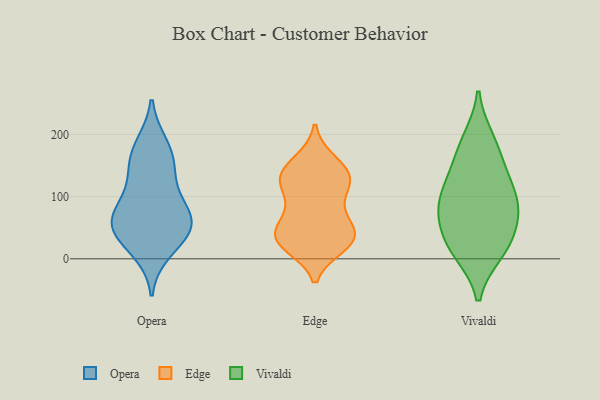
{"axis": {"x": "Conversion Rate (%)", "y": "Value"}, "legend": ["Edge", "Opera", "Vivaldi"], "data": [{"x": "", "y": 55, "type": "Opera"}, {"x": "", "y": 133, "type": "Opera"}, {"x": "", "y": 147, "type": "Opera"}, {"x": "", "y": 183, "type": "Opera"}, {"x": "", "y": 78, "type": "Opera"}, {"x": "", "y": 36, "type": "Opera"}, {"x": "", "y": 13, "type": "Opera"}, {"x": "", "y": 65, "type": "Opera"}, {"x": "", "y": 46, "type": "Opera"}, {"x": "", "y": 171, "type": "Opera"}, {"x": "", "y": 91, "type": "Opera"}, {"x": "", "y": 54, "type": "Opera"}, {"x": "", "y": 34, "type": "Edge"}, {"x": "", "y": 34, "type": "Edge"}, {"x": "", "y": 21, "type": "Edge"}, {"x": "", "y": 125, "type": "Edge"}, {"x": "", "y": 29, "type": "Edge"}, {"x": "", "y": 135, "type": "Edge"}, {"x": "", "y": 55, "type": "Edge"}, {"x": "", "y": 126, "type": "Edge"}, {"x": "", "y": 34, "type": "Edge"}, {"x": "", "y": 77, "type": "Edge"}, {"x": "", "y": 23, "type": "Edge"}, {"x": "", "y": 127, "type": "Edge"}, {"x": "", "y": 40, "type": "Edge"}, {"x": "", "y": 71, "type": "Edge"}, {"x": "", "y": 152, "type": "Edge"}, {"x": "", "y": 129, "type": "Edge"}, {"x": "", "y": 157, "type": "Edge"}, {"x": "", "y": 107, "type": "Edge"}, {"x": "", "y": 25, "type": "Vivaldi"}, {"x": "", "y": 173, "type": "Vivaldi"}, {"x": "", "y": 190, "type": "Vivaldi"}, {"x": "", "y": 135, "type": "Vivaldi"}, {"x": "", "y": 69, "type": "Vivaldi"}, {"x": "", "y": 93, "type": "Vivaldi"}, {"x": "", "y": 18, "type": "Vivaldi"}, {"x": "", "y": 12, "type": "Vivaldi"}, {"x": "", "y": 63, "type": "Vivaldi"}, {"x": "", "y": 114, "type": "Vivaldi"}, {"x": "", "y": 90, "type": "Vivaldi"}]}